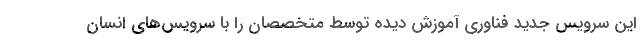
این سرویس جدید فناوری آموزش دیده توسط متخصصان را با سرویس‌های انسان